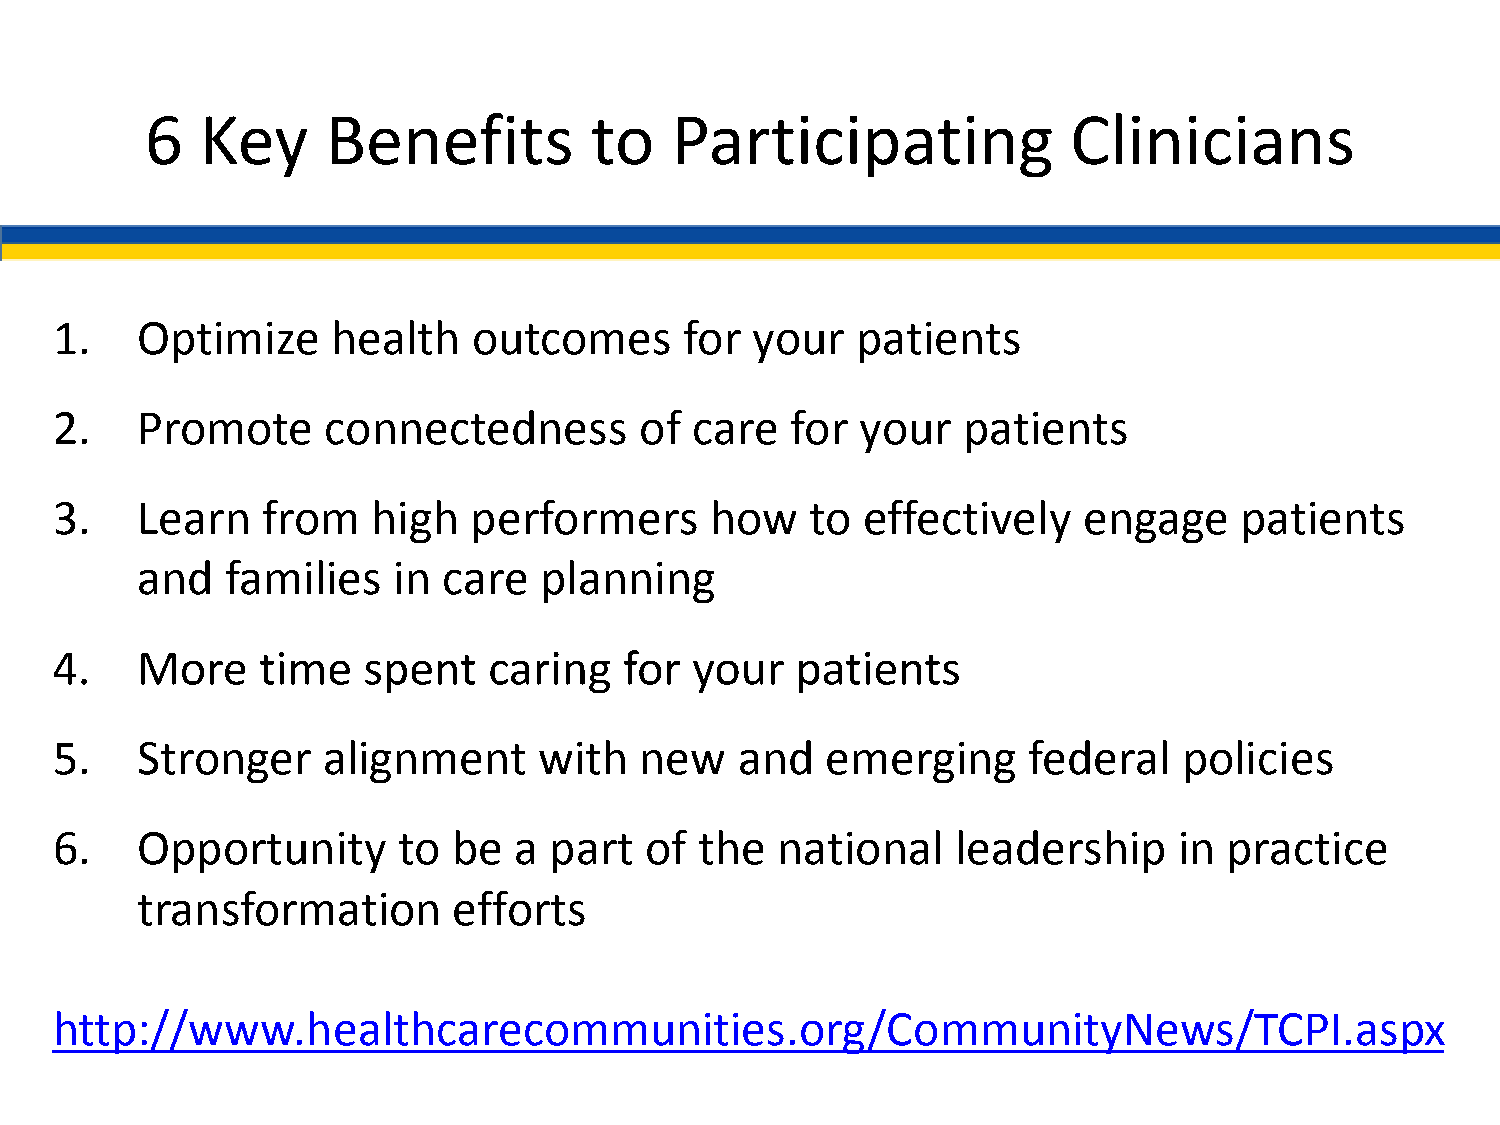
6  Key      Benefits         to   Participating              Clinicians
 1.    Optimize     health   outcomes      for  your   patients
 2.    Promote     connectedness        of  care  for  your   patients
 3.    Learn   from    high  performers      how    to effectively    engage    patients
 and   families   in care   planning
 4.    More    time   spent   caring   for  your   patients
 5.    Stronger    alignment      with  new    and   emerging     federal   policies
 6.    Opportunity      to  be  a part   of the  national    leadership     in practice
 transformation       efforts
 http://www.healthcarecommunities.org/CommunityNews/TCPI.aspx